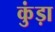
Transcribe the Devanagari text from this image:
कुंड़ा